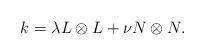
LaTeX: \begin{align*}k = \lambda L\otimes L + \nu N\otimes N.\end{align*}